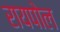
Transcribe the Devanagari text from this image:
रायपोल